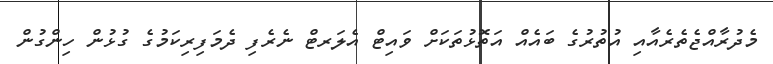
މެދުރާއްޖެތެރެއާއި އުތުރުގެ ބައެއް އަތޮޅުތަކަށް ވައިޓް އެލަރޓް ނެރެފި ދެމަފިރިކަމުގެ ގުޅުން ހިންގުން